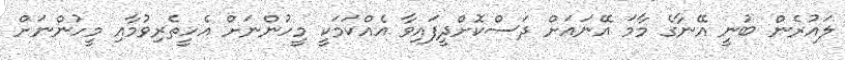
ލައުރެން ބުނީ އޭނާގެ މާމަ އޭނައަށް ދަސްކޮށްދީފައިވާ އެއްކަމަކީ މީހުންނަށް އެހީތެރިވުމާއި މީހުންނަށް